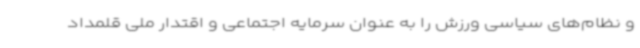
و نظام‌های سیاسی ورزش را به عنوان سرمایه اجتماعی و اقتدار ملی قلمداد